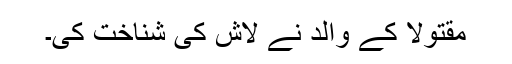
مقتولا کے والد نے لاش کی شناخت کی۔